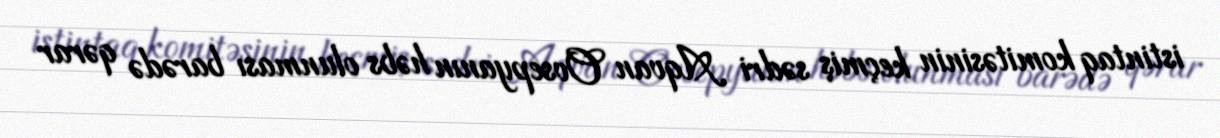
istintaq komitəsinin keçmiş sədri Aqvan Ovsepyanın həbs olunması barədə qərar